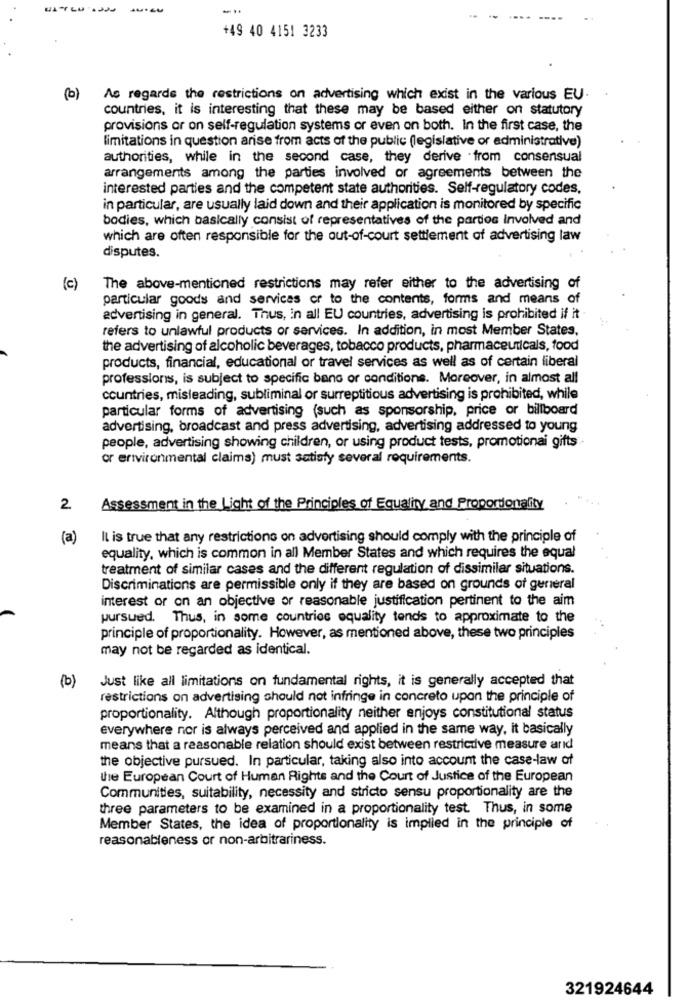
--
+49 40 4151 3233
(b)
As regards the restrictions on advertising which exist in the various EU.
countries, it is interesting that these may be based either on statutory
provisions or on self-regulation systems or even on both. In the first case, the
limitations in question arise from acts of the public (legislative or administrative)
authorities, while in the second case, they derive from consensual
arrangements among the parties involved or agreements between the
interested parties and the competent state authorities. Self-regulatory codes.
in particular, are usually laid down and their application is monitored by specific
bodies, which basically consist of representatives of the parties Involved and
which are often responsible for the out-of-court settlement of advertising law
disputes.
(c)
The above-mentioned restrictions may refer either to the advertising of
particular goods and services or to the contents, forms and means of
advertising in general. Thus, in all EU countries, advertising is prohibited if it
refers to unlawful products or services. In addition, in most Member States.
the advertising of alcoholic beverages, tobacco products, pharmaceuticals, food
products, financial, educational or travel services as well as of certain liberal
professions, is subject to specific bano or conditions. Moreover, in almost all
countries, misleading, subliminal or surreptitious advertising is prohibited, while
particular forms of advertising (such as sponsorship, price or billboard
advertising, broadcast and press advertising, advertising addressed to young
people, advertising showing children, or using product tests, promotionai gifts -
or environmental claims) must satisfy several requirements.
2.
Assessment in the Light of the Principles of Equality and Proportionality
(a)
Il is true that any restrictions on advertising should comply with the principle of
equality, which is common in all Member States and which requires the equal
treatment of similar cases and the different regulation of dissimilar situations.
Discriminations are permissible only if they are based on grounds of general
interest or on an objective or reasonable justification pertinent to the aim
pursued. Thus, in some countries equality tends to approximate to the
principle of proportionality. However, as mentioned above, these two principles
may not be regarded as identical.
Just like all limitations on fundamental rights, it is generally accepted that
(b)
restrictions on advertising should not infringe in concreto upon the principle of
proportionality. Although proportionality neither enjoys constitutional status
everywhere nor is always perceived and applied in the same way, it basically
means that a reasonable relation should exist between restrictive measure and
the objective pursued. In particular, taking also into account the case-law of
the European Court of Human Rights and the Court of Justice of the European
Communities, suitability, necessity and stricto sensu proportionality are the
three parameters to be examined in a proportionality test. Thus, in some
Member States, the idea of proportionality is implied in the principle of
reasonableness or non-arbitrariness.
321924644